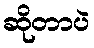
ဆိုတာပဲ